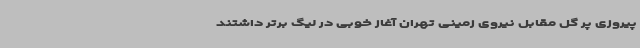
پیروزی پر گل مقابل نیروی زمینی تهران آغاز خوبی در لیگ برتر داشتند